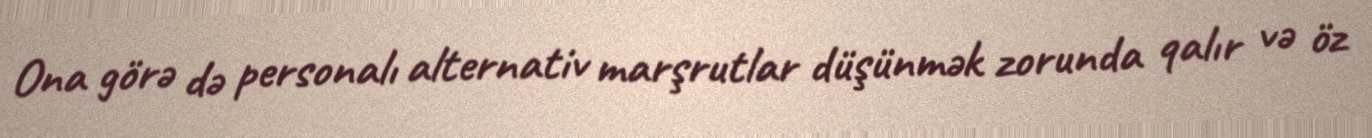
Ona görə də personalı alternativ marşrutlar düşünmək zorunda qalır və öz